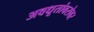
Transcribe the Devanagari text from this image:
अवधूतांबरोबर